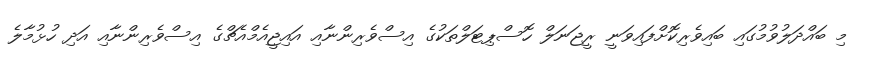
މި ބައްދަލުވުމުގައި ބައިވެރިކޮށްފައިވަނީ ރީޖަނަލް ހޮސްޕިޓަލްތަކުގެ އިސްވެރިންނާއި އައިޖީއެމްއެޗްގެ އިސްވެރިންނާއި އަދި ހުޅުމާލެ